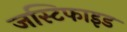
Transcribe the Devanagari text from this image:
जस्टिफाइड